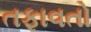
તફાવતો